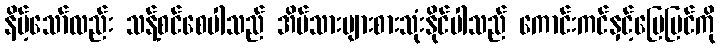
နိမ့်သော်လည်း သန့်စင်စေပါသည် အိမ်သားများစားသုံးနိုင်ပါသည် ကောင်းကင်နှင့်မြေပြင်ကို